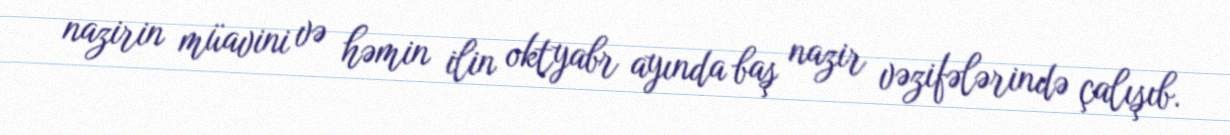
nazirin müavini və həmin ilin oktyabr ayında baş nazir vəzifələrində çalışıb.